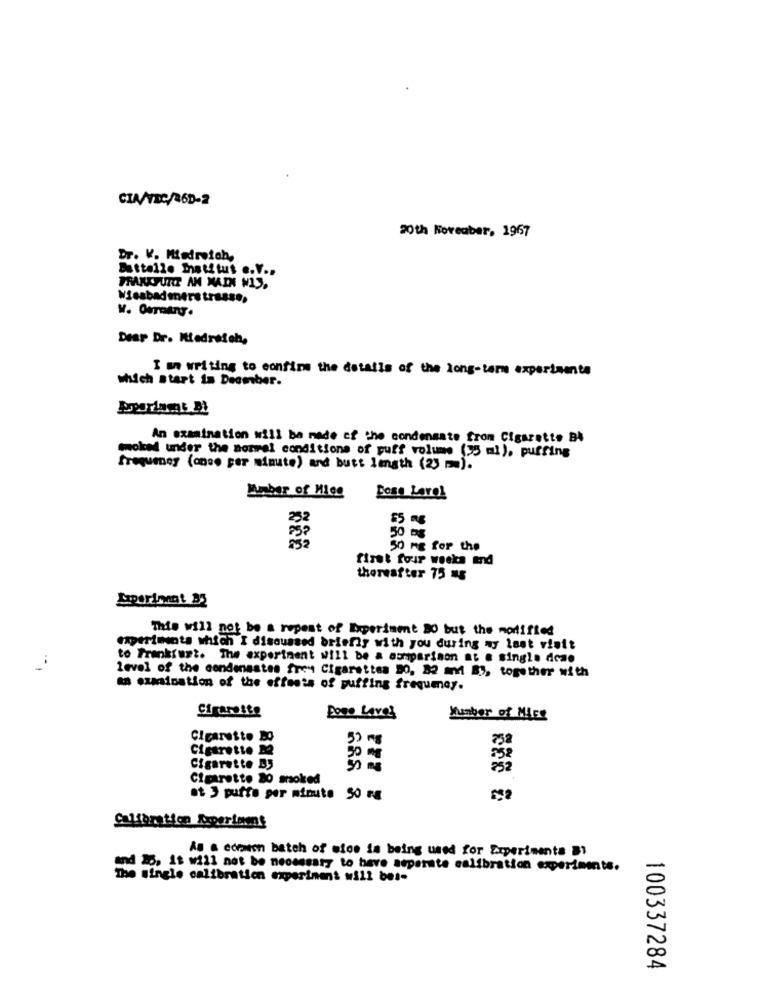
CIA/TDC/260-2
20th November, 1967
Dr. K. Mindreich,
Battello Thatitut .. V ..
FRANKFURT AM MAIN MIS.
Wiesbadenerstrasse,
Dear Dr. Hiedraich,
I am writing to confirm the details of the long-term experimente
which start in Deamber.
An examination will be made of the condensate from Cigarette BA
moked under the sommel conditions of puff volume (35 ml), puffing
frequency (once per minute) and butt length (23 ).
Bons Lavol
50
50 mg for the
fizet four weeks end
thereafter 75 mg
This will not be a repeat of Experiment NO but the modified
experiments which I discussed briefly with you during my last visit
to Frankfurt. The experiment will be a comparison at a single dose
level of the condenastes frey Cigarettes 20, 32 am 83, together with
an czasisation of the effects of puffing frequmay.
Cigarette
Poco Laves
Number of Mice
Cigarette DO
Cigarette M2
50 MG
Cigarette B5
Cigarette 80 moked
at 3 puffo per minute 50 mg
Calibration Axperiaens
AB & coramon batch of mios is being used for Experimenta B1
and 20, it will not be necessary to have asperste calibration experiments.
The single calibration experiment will bete
100337284